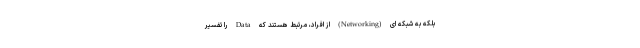
بلکه به شبکه ای (Networking) از افراد، مرتبط هستند که Data را تفسیر